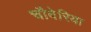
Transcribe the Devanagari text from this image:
चौबेरिया